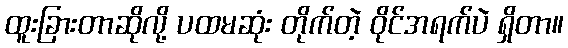
ထူးခြားတာဆိုလို့ ပထမဆုံး တိုက်တဲ့ ဝိုင်အရက်ပဲ ရှိတာ။